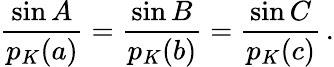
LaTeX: {\frac{\sin A}{p_{K}(a)}}={\frac{\sin B}{p_{K}(b)}}={\frac{\sin C}{p_{K}(c)}}\, .